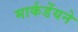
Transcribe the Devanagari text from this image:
मार्कडेंयने